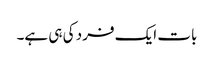
بات ایک فرد کی ہی ہے۔